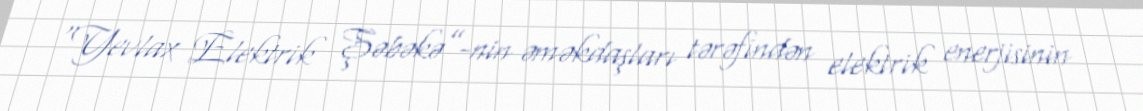
“Yevlax Elektrik Şəbəkə”-nin əməkdaşları tərəfindən elektrik enerjisinin